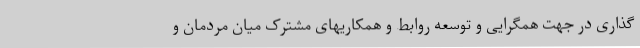
گذاری در جهت همگرایی و توسعه روابط و همکاریهای مشترک میان مردمان و